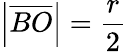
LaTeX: \left|{\overline{{BO}}}\right|={\frac{r}{2}}